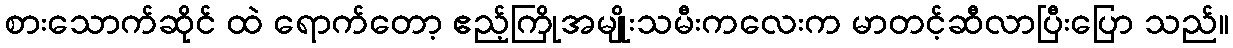
စားသောက်ဆိုင် ထဲ ရောက်တော့ ဧည့်ကြိုအမျိုးသမီးကလေးက မာတင့်ဆီလာပြီးပြော သည်။